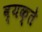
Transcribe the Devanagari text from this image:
व्यक्ते